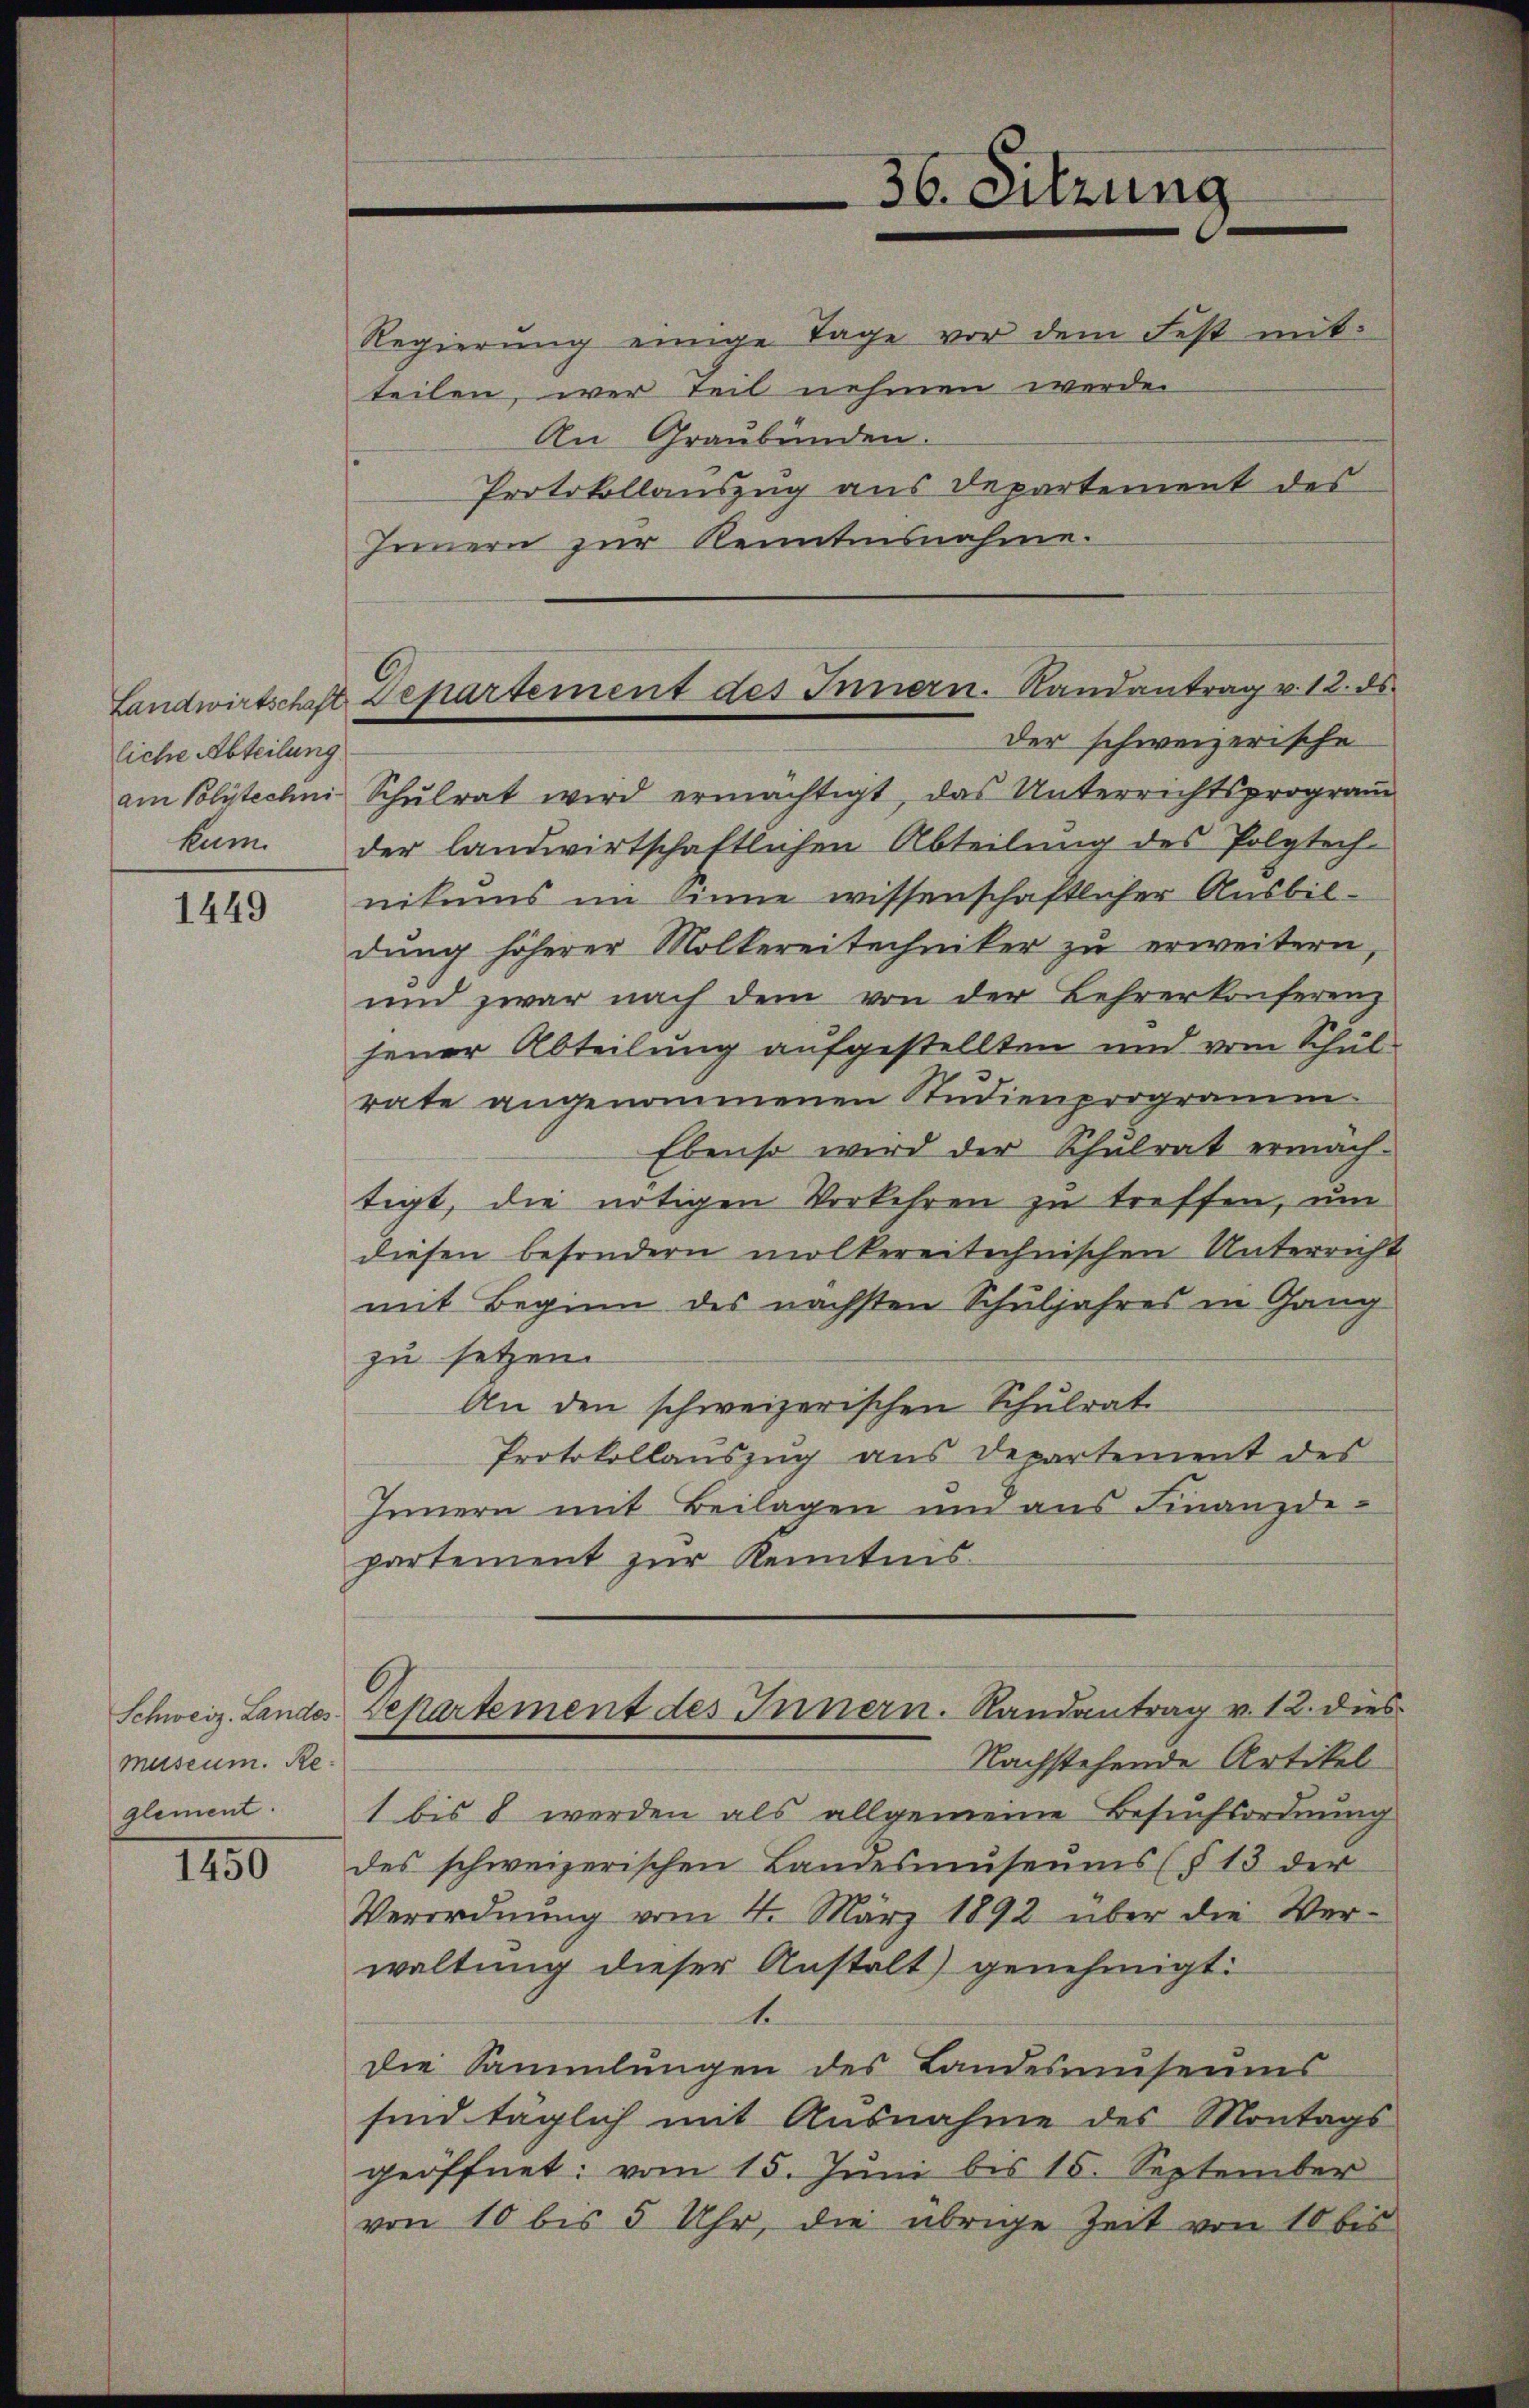
liche Abteilung
am Polytechni

1449

museum. Re
glement.

1150

Regierŭng einige Tage vor dem Fest mit
teilen, wer teil nehmen werden
An Graubünden.
Innern zur Kenntnisnahme.

36. Sitzung
Protokollauszug aus Departement des

Der schweizerische
Schulrat wird ermächtigt, das Unterrichtsprogram
kum der landwirtschaftlichen Abteilung des Polytech-
nikums im Sinne wissenschaftlicher Ausbil-
dŭng höherer Molkereitechniker zŭ erweitern,
und zwar nach dem von der Lehrerkonferenz
jener Abteilung aufgestellten und vom Schul-
rate angenommenen Studienprogramm
Ebenso wird der Schulrat ermäch-
tigt, die nötigen Vorkehren zu treffen, um
diesen besondern molkereitechnischen Unterricht
mit Beginn des nächsten Schuljahres in Gang
zu setzen.
An den schweizerischen Schulrat
Protokollauszug aus Departement des
Innern mit Beilagen und aus Finanzde
partement zur Kenntnis.
Schweiz. Landes Departement des Innern. Randantrag v. 12. dies
Nachstehende Artikel
1 bis 8 werden als allgemeine Besuchsordnung
des schweizerischen Landesmŭseŭms (§ 13 der
Verordnŭng vom 4. März 1892 über die Ver-
waltung dieser Anstalt) genehmigt.
1
Die Sammlungen des Landesmŭseŭms
sind täglich mit Ausnahme des Montags
geöffnet: vom 15. Jŭni bis 15. September
von 10 bis 5 Uhr, die übrige Zeit von 10 bis

Landwirtschaft Departement des Innern. Randantrag v. 12. ds.